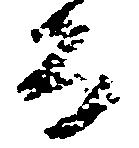
房